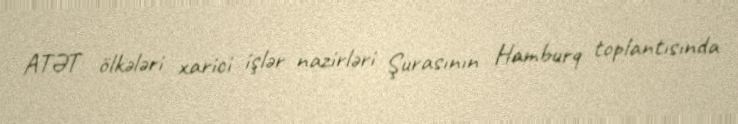
ATƏT ölkələri xarici işlər nazirləri Şurasının Hamburq toplantısında